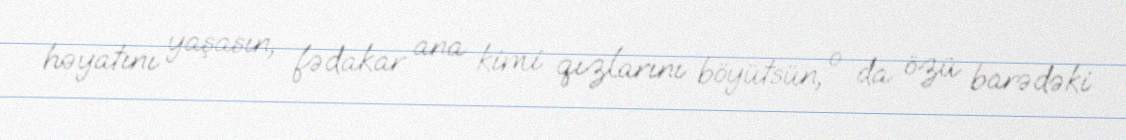
həyatını yaşasın, fədakar ana kimi qızlarını böyütsün, o da özü barədəki